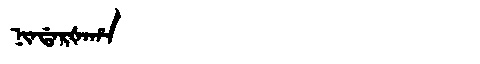
Manchu: ᠨᡳᠨᡩᠠᡵᡧᠠᡥᠠ
Romanization: NINDARŠAHA